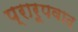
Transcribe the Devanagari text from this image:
प्रारूपवाद